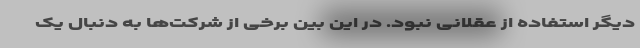
دیگر استفاده از عقلانی نبود. در این بین برخی از شرکت‌ها به دنبال یک